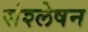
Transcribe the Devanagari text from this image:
संश्लेषन